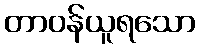
တာဝန်ယူရသော